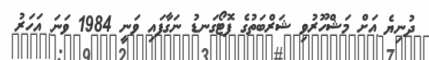
ދުނިޔެ އަށް މަޝްހޫރުވި ޝަރްބަތުގެ ފޮޓޯގަނޑު ނަގާފައި ވަނީ 1984 ވަނަ އަހަރު